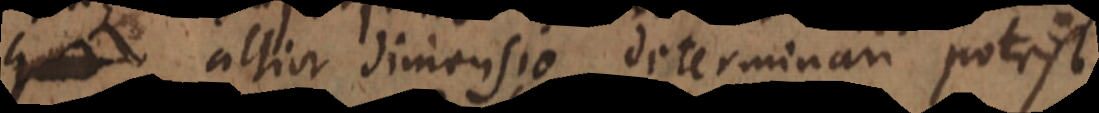
altior dimensio determinari potest